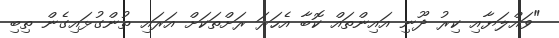
"ވައްލަޔާއި ކިރު ދޫނި އައިންތައް ކޮބާ އެހަރަ ރަށްތަކަށް އަރައި ތުންގުޅައިގެން ތިބި